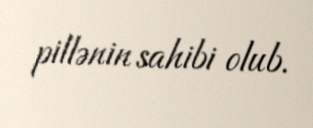
pillənin sahibi olub.